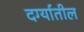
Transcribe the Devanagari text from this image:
दर्ग्यातील